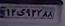
۱۲ی۹۲۲۸۸